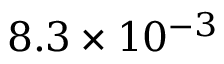
8 . 3 \times 1 0 ^ { - 3 }